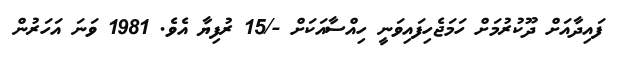
ފައިދާއަށް ދޫކުރުމަށް ހަމަޖެހިފައިވަނީ ހިއްސާއަކަށް -/15 ރުފިޔާ އެވެ. 1981 ވަނަ އަހަރުން